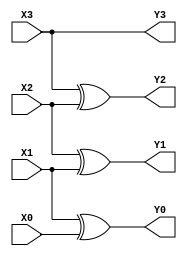
module BinaryToGray(X3, X2, X1, X0, Y3, Y2, Y1, Y0);
    input X3, X2, X1, X0;
    output Y3, Y2, Y1, Y0;

    assign Y3 = X3;
    xor g1(Y2, X3, X2);
    xor g2(Y1, X2, X1);
    xor g3(Y0, X1, X0);
endmodule // BinaryToGray

module GrayToBinary(X3, X2, X1, X0, Y3, Y2, Y1, Y0);
    input X3, X2, X1, X0;
    output Y3, Y2, Y1, Y0;

    assign Y3 = X3;
    xor g1(Y2, X3, X2);
    xor g2(Y1, Y2, X1);
    xor g3(Y0, Y1, X0);
endmodule // GrayToBinary

module tb_GrayToBinary;
    wire[3:0] D; // GrayToBinary
    reg[3:0] E; // BinaryToGray

    wire Y3, Y2, Y1, Y0;
    BinaryToGray temp(E[3], E[2], E[1], E[0], D[3], D[2], D[1], D[0]);
    GrayToBinary converter(D[3], D[2], D[1], D[0], Y3, Y2, Y1, Y0);

    initial begin
        E = 4'b0000;
            repeat(16)
            #10 E = E + 1'b1;
    end

    always @(E) begin
        $display("%d : %b%b%b%b -> %b%b%b%b", E-1, D[3], D[2], D[1], D[0], Y3, Y2, Y1, Y0);
    end
endmodule // tb_GrayToBinary